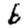
Digit: 6